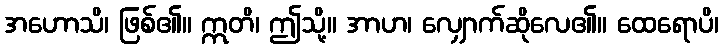
အဟောသိ၊ ဖြစ်၏။ ဣတိ၊ ဤသို့။ အာဟ၊ လျှောက်ဆိုလေ၏။ ထေရောပိ၊